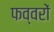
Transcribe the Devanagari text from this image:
फव्‍वरों